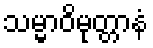
သမ္မာဝိမုတ္တာနံ